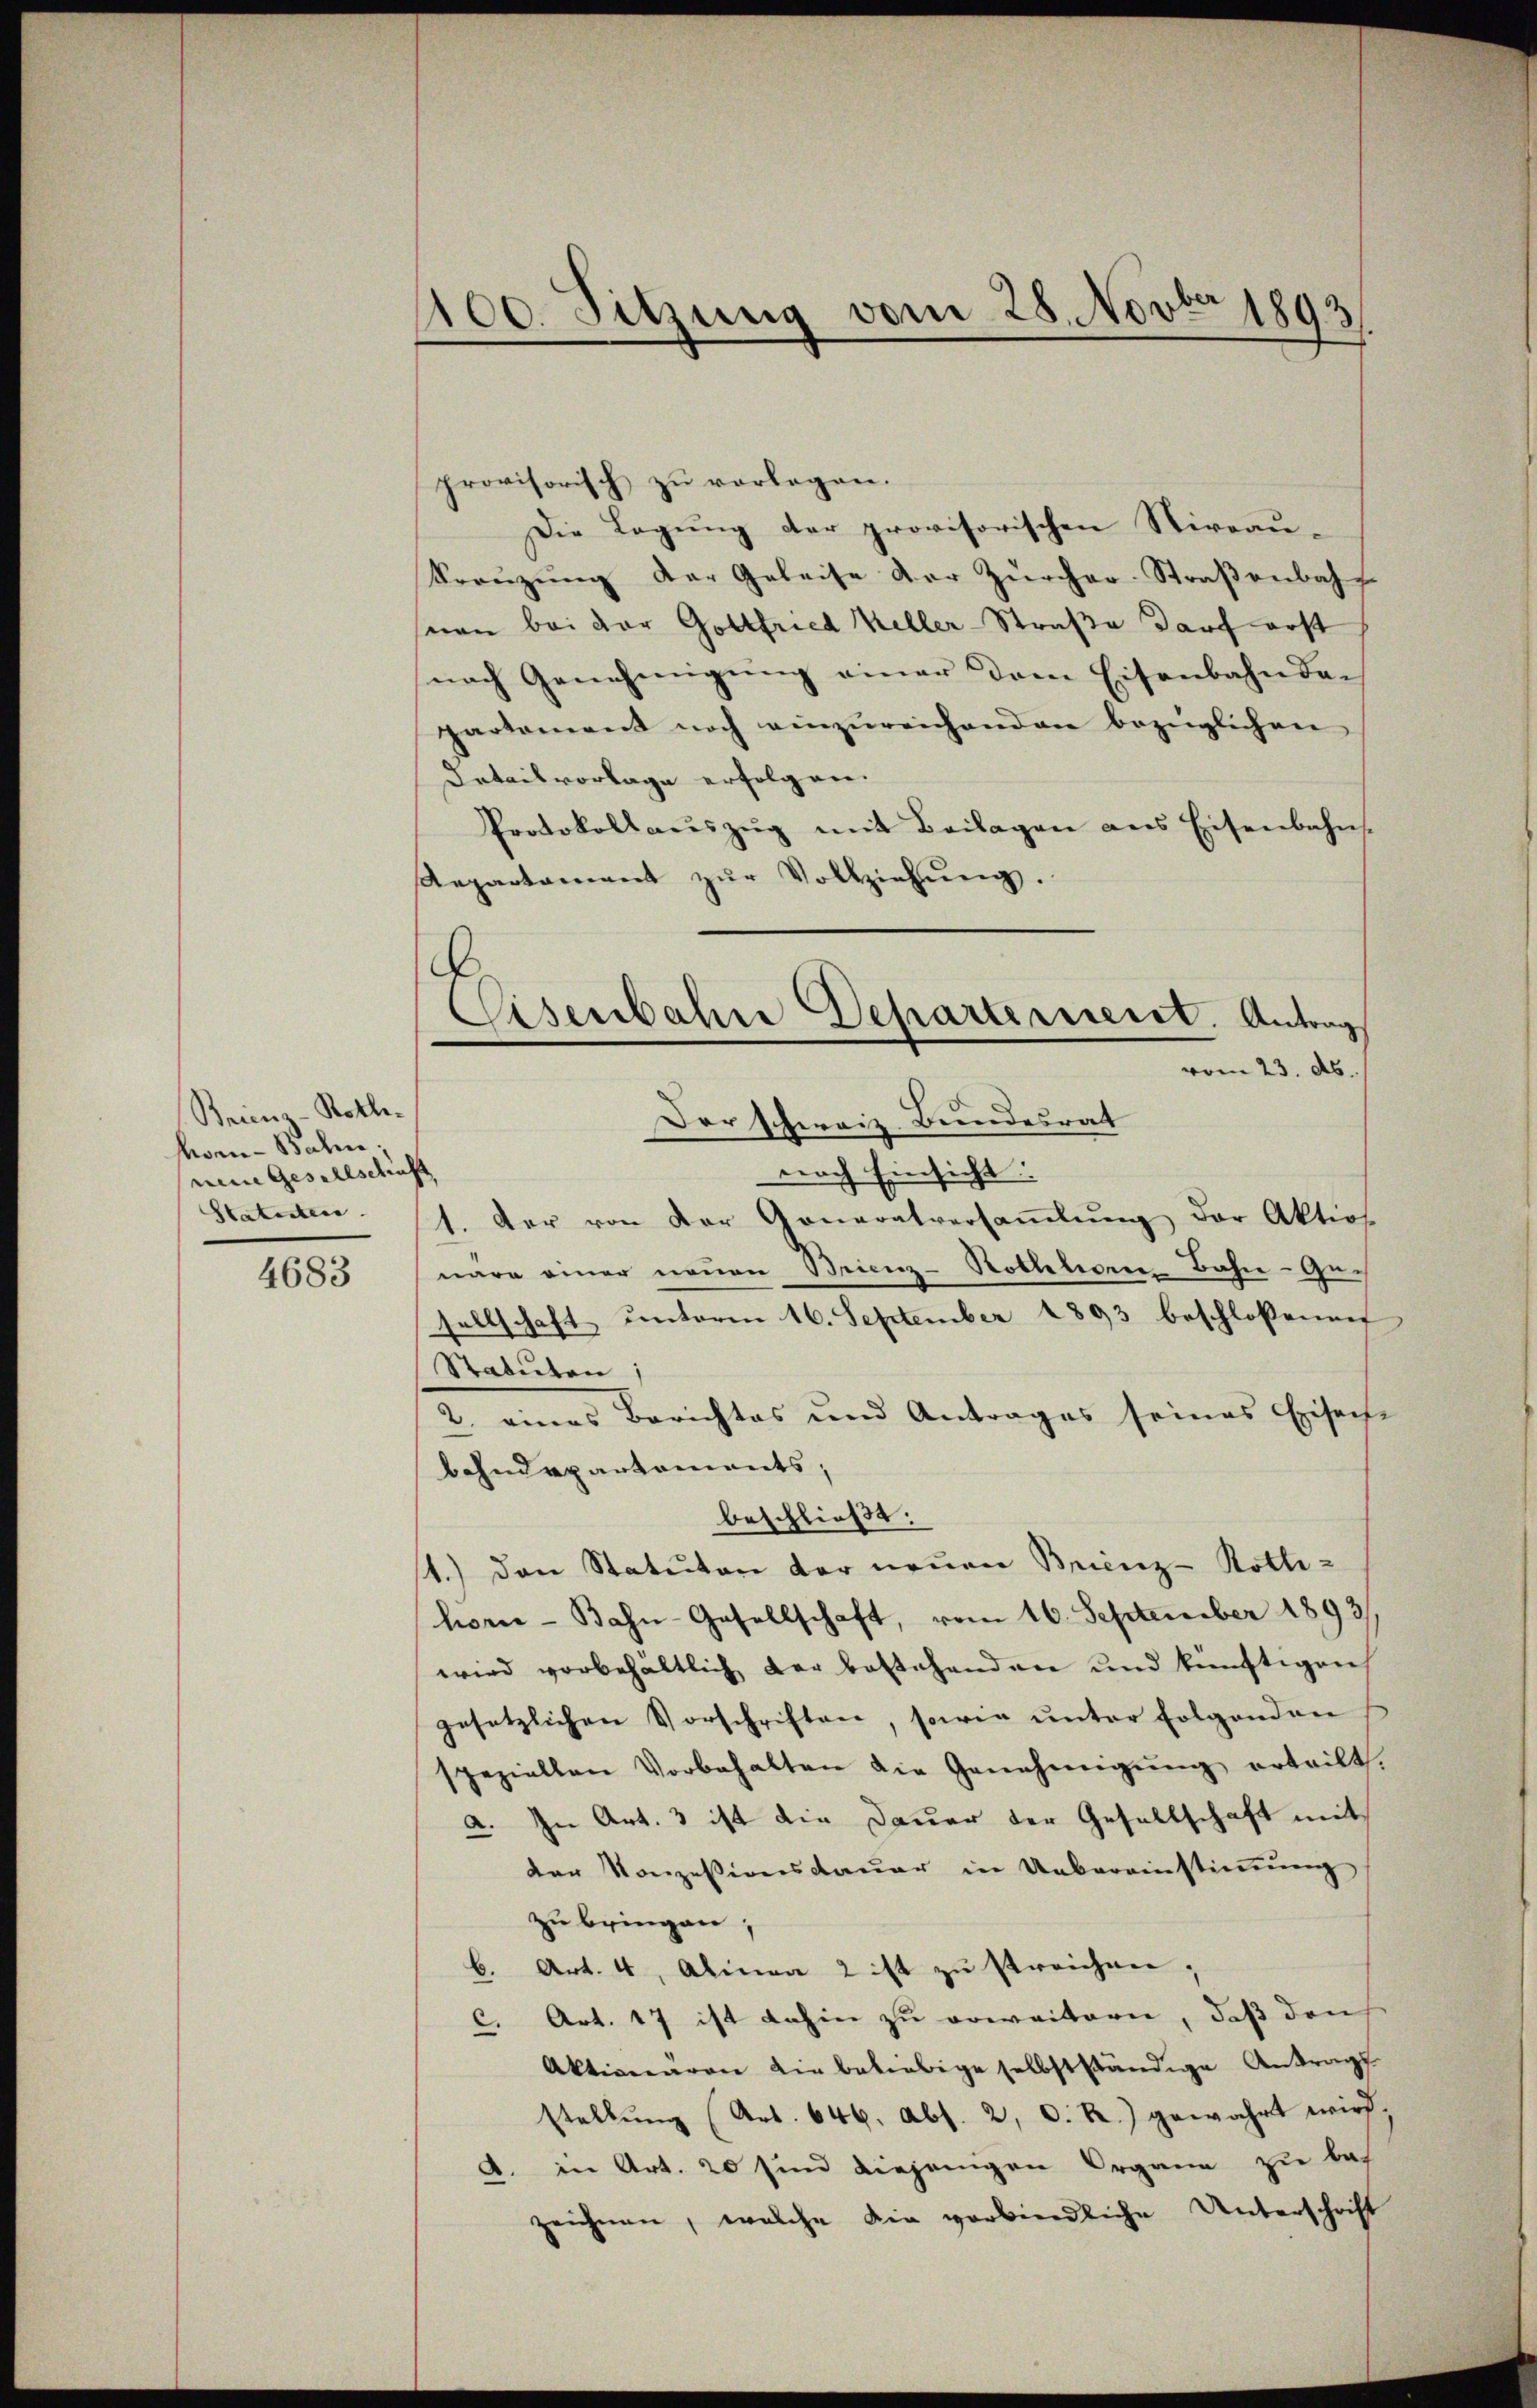
Brien-Rothken-Bahn;
meine Gesellschrift
Statuten.

4683

provisorisch zu vorlegen.
Die Legung der provisorischen Niveau-
Kreŭzŭng der Geleise der Zürcher-Straβenbahr
non bei der Gottfried Keller-Straße darf erst
nach Genehmigung einer dem Eisenbahnder
partement noch einzŭreichenden bezüglichen
Detailvorlage erfolgen.
Protokollaŭszŭg mit Beilagen aus Eisenbahn-
Repartament zŭr Vollziehŭng.
.

1100. Sitzung vom 28. Novbr 1893

Eisenbahre Departement. Antrag
vom 23. Ab.
Der schweiz. Bundesrat

nach Einsicht:
1. Der von der Gonaratversaṁlŭng der Aktio
näre einer neuen Brienz-Rothhore-Bahn-Gesellschaft ŭnterm 16. September 1893 beschloßenen
Statuten;
2. eines Berichtes und Antrages seines Eisenhe
Behndepartements,
beschließt:
st.) Den Statuten der neŭen Brienz-Kotli-
horne-Bahn-Gesellschaft, vom 16. September 1893/
wird vorbehältlich der bestehenden und künftigen
gesetzlichen Vorschriften, sowie unter Folgenden
speziellen Vorbehalten die Genehmigŭng ertritt.
a. In Art. 3 ist die Dauer der Gesellschaft mit
der Konzessionsdauer in Uebereinstimmung
zu bringen,
b. Art. 4, Alinea 2 ist zu streichen,
C. Art. 17 ist dahin zu erweitern, daß den
Aktionären die beliebige selbstständige Antrag
stellŭng (Art. 646. Abs. 2, D. R.) gewahrt wird,
a. in Art. 20 sind diejenigen Organe zu bezeichnen, welche die verbindliche Unterschrift